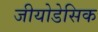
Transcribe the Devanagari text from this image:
जीयोडेसिक